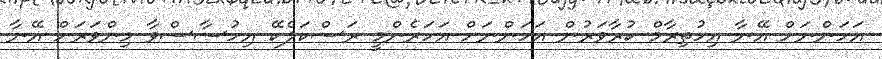
އަހަންނަށް އޭނާ އިހުތިރާމް ކުރާވަރުން އަހަންނަށް އަހަރެންމީ ރަސްކަލެކޭ އިހުސާސްވާ މިންވަރަށް އޭނާ